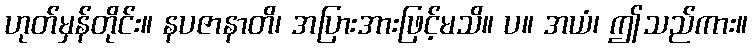
ဟုတ်မှန်တိုင်း။ နပဇာနာတိ၊ အပြားအားဖြင့်မသိ။ ပ။ အယံ၊ ဤသည်ကား။